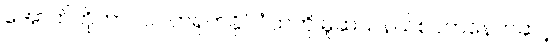
အောက်တိုဘာ၊ ၁၀ တရုတ်နိုင်ငံထဲကို မူဆယ်နယ်စပ်ကနေတဆင့်